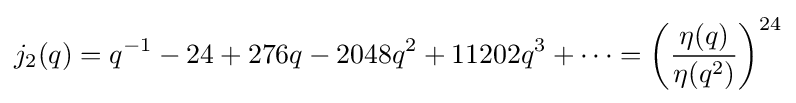
j_{2}(q)=q^{-1}-24+276q-2048q^{2}+11202q^{3}+\cdots =\left({\frac {\eta (q)}{\eta (q^{2})}}\right)^{24}